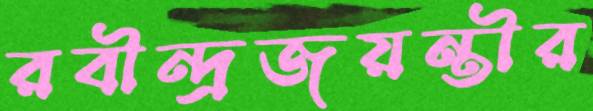
রবীন্দ্রজয়ন্তীর